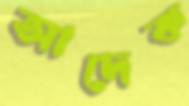
আদেক